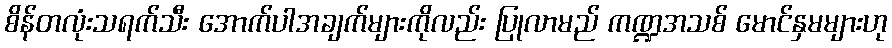
စိန်တလုံးသရက်သီး အောက်ပါအချက်များကိုလည်း ပြုလာမည် ကဏ္ဍအသစ် မောင်နှမများဟု